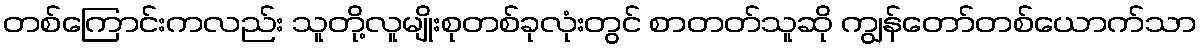
တစ်ကြောင်းကလည်း သူတို့လူမျိုးစုတစ်ခုလုံးတွင် စာတတ်သူဆို ကျွန်တော်တစ်ယောက်သာ